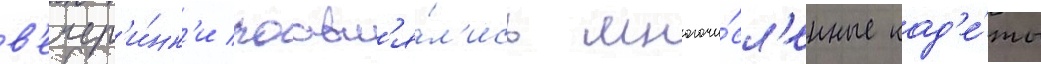
в'ечер'и́нк'и поавл'я́л'ись многочи́сл'енные кад'е́ты